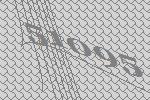
51095